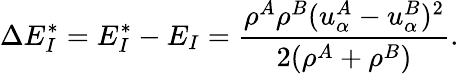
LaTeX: \Delta E_{I}^{*}=E_{I}^{*}-E_{I}=\frac{\rho^{A}\rho^{B}(u_{\alpha}^{A}-u_{\alpha}^{B})^{2}}{2(\rho^{A}+\rho^{B})}.